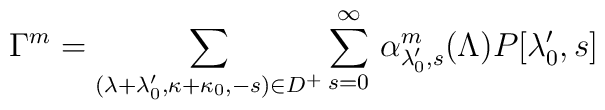
\Gamma^m=\sum_{(\lambda+\lambda_0',\kappa+\kappa_0,-s)\in D^+}\sum_{s=0}^\infty\,\alpha^m_{\lambda_0',s}(\Lambda)P[\lambda_0',s]